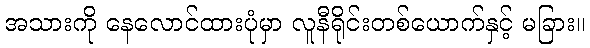
အသားကို နေလောင်ထားပုံမှာ လူနီရိုင်းတစ်ယောက်နှင့် မခြား။